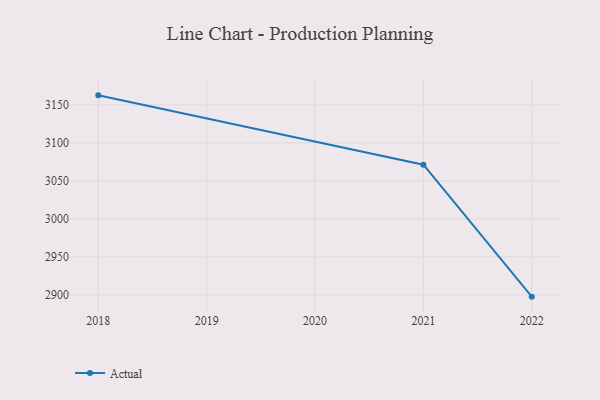
{"axis": {"x": "Year", "y": "Market Share (%)"}, "legend": ["Actual"], "data": [{"x": "2022", "y": 2897.7, "type": "Actual"}, {"x": "2021", "y": 3071.4, "type": "Actual"}, {"x": "2018", "y": 3162.6, "type": "Actual"}]}